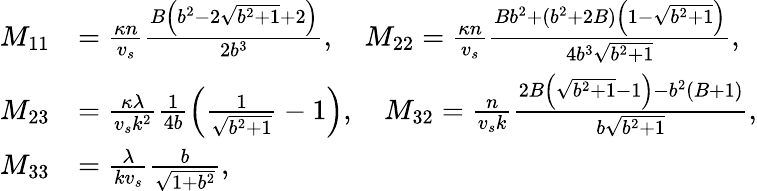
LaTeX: \begin{array}{rl}{M_{11}}&{=\frac{\kappa n}{v_{s}}\frac{B\left(b^{2}-2\sqrt{b^{2}+1}+2\right)}{2b^{3}},\quad M_{22}=\frac{\kappa n}{v_{s}}\frac{Bb^{2}+(b^{2}+2B)\left(1-\sqrt{b^{2}+1}\right)}{4b^{3}\sqrt{b^{2}+1}},}\\ {M_{23}}&{=\frac{\kappa\lambda}{v_{s}\mathcal{k}^{2}}\frac{1}{4b}\left(\frac{1}{\sqrt{b^{2}+1}}-1\right),\quad M_{32}=\frac{n}{v_{s}\mathcal{k}}\frac{2B\left(\sqrt{b^{2}+1}-1\right)-b^{2}(B+1)}{b\sqrt{b^{2}+1}},}\\ {M_{33}}&{=\frac{\lambda}{\mathcal{k}v_{s}}\frac{b}{\sqrt{1+b^{2}}},}\end{array}